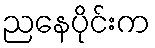
ညနေပိုင်းက